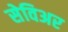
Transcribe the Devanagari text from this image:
सेविअर